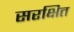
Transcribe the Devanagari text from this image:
सरक्षित